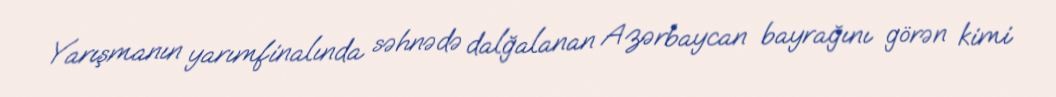
Yarışmanın yarımfinalında səhnədə dalğalanan Azərbaycan bayrağını görən kimi